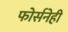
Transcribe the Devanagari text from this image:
फोर्सनेही